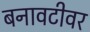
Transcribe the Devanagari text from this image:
बनावटीवर